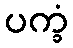
ပက္ခံ